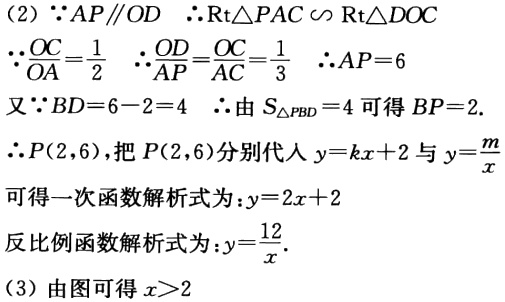
(2) \(\because AP\parallel OD\) \(\therefore \text{Rt}\triangle PAC\sim\text{Rt}\triangle DOC\)
\(\because \frac{OC}{OA}=\frac{1}{2}\) \(\therefore \frac{OD}{AP}=\frac{OC}{AC}=\frac{1}{3}\) \(\therefore AP = 6\)
又\(\because BD=6 - 2 = 4\) \(\therefore\)由\(S_{\triangle PBD}=4\)可得\(BP = 2\).
\(\therefore P(2,6)\), 把\(P(2,6)\)分别代入\(y = kx+2\)与\(y=\frac{m}{x}\)
可得一次函数解析式为：\(y = 2x+2\)
反比例函数解析式为：\(y=\frac{12}{x}\).
(3) 由图可得 \(x>2\)